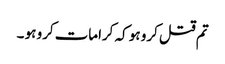
تم قتل کرو ہو کہ کرامات کرو ہو ۔